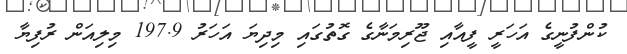
ކުންފުނީގެ އަހަރީ ފީއާއި ޖޫރިމަނާގެ ގޮތުގައި މިދިޔަ އަހަރު 197.9 މިލިއަން ރުފިޔާ